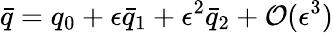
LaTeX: \bar{q}=q_{0}+\epsilon\bar{q}_{1}+\epsilon^{2}\bar{q}_{2}+\mathcal{O}(\epsilon^{3})